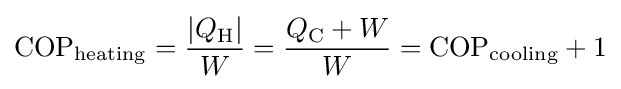
{\rm {COP}}_{\rm {heating}}={\frac {|Q_{\rm {H}}|}{W}}={\frac {Q_{\rm {C}}+W}{W}}={\rm {COP}}_{\rm {cooling}}+1